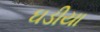
ઘડીયા